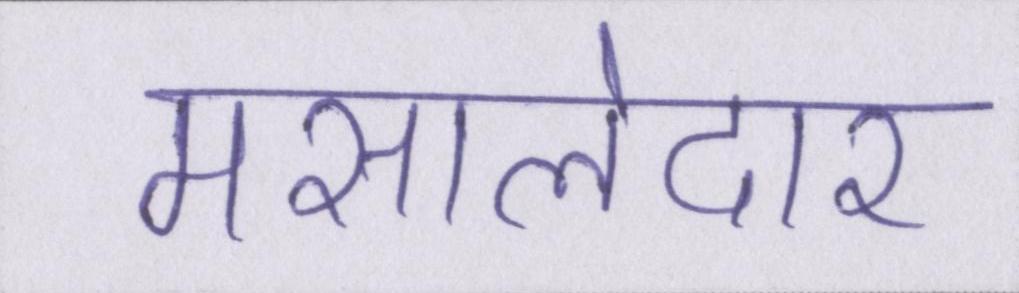
मसालेदार